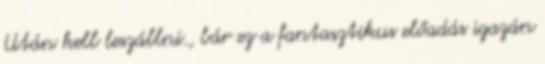
Után kell leszállni., bár ez a fantasztikus előadás igazán